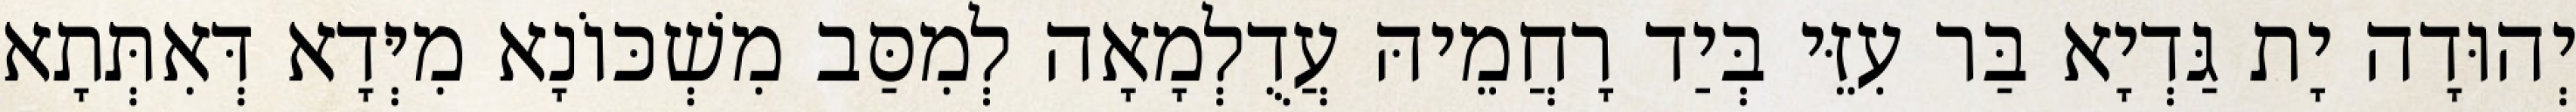
יְהוּדָה יָת גַּדְיָא בַּר עִזֵּי בְּיַד רָחֲמֵיהּ עֲדֻלְמָאָה לְמִסַּב מִשְׁכּוֹנָא מִיְּדָא דְּאִתְּתָא